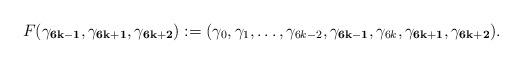
LaTeX: \begin{align*}&F(\mathbf{\gamma_{6k-1}},\mathbf{\gamma_{6k+1}},\mathbf{\gamma_{6k+2}}):=(\gamma_0,\gamma_1,\ldots,\gamma_{6k-2},\mathbf{\gamma_{6k-1}},\gamma_{6k},\mathbf{\gamma_{6k+1}},\mathbf{\gamma_{6k+2}}).\end{align*}